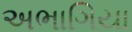
અભાગિયા